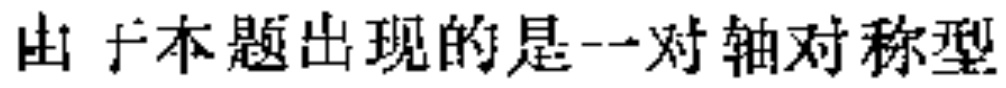
由于本题出现的是一对轴对称型